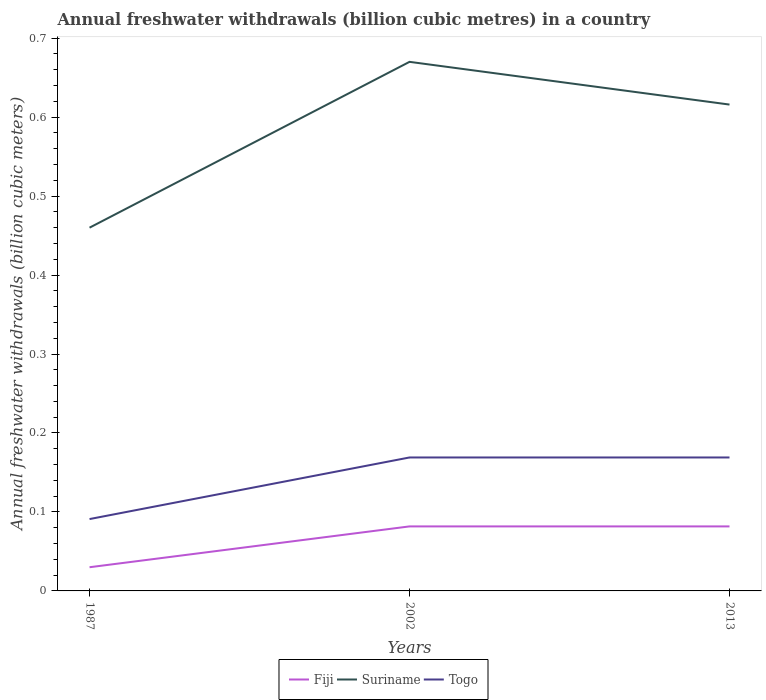
| Years | Fiji | Suriname | Togo |
 | --- | --- | --- | --- |
 | 1987 | 0.03 | 0.46 | 0.091 |
 | 2002 | 0.0817 | 0.67 | 0.169 |
 | 2013 | 0.0817 | 0.616 | 0.169 |